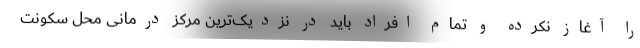
را آغاز نکرده و تمام افراد باید در نزدیک‌ترین مرکز درمانی محل سکونت